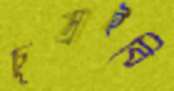
চুম্‌রাইবি